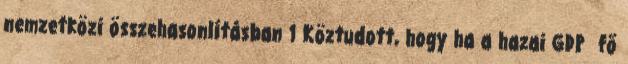
nemzetközi összehasonlításban 1 Köztudott, hogy ha a hazai GDP fő